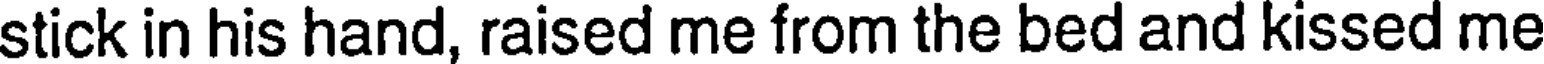
stick in his hand, raised me from the bed and kissed me